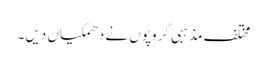
مختلف مذہبی گروپوں نے دھمکیاں دیں۔